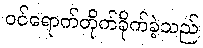
ဝင်ရောက်တိုက်ခိုက်ခဲ့သည်